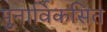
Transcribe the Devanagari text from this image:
पुनार्विकसित